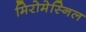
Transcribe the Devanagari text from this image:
मिरोमेस्निल